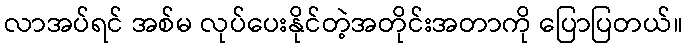
လာအပ်ရင် အစ်မ လုပ်ပေးနိုင်တဲ့အတိုင်းအတာကို ပြောပြတယ်။